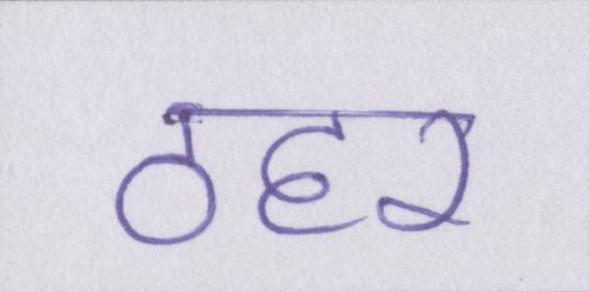
ठहर